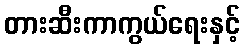
တားဆီးကာကွယ်ရေးနှင့်